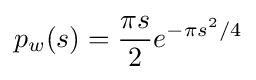
p_{w}(s)={\frac {\pi s}{2}}e^{-\pi s^{2}/4}